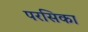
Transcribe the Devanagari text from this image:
परसिका